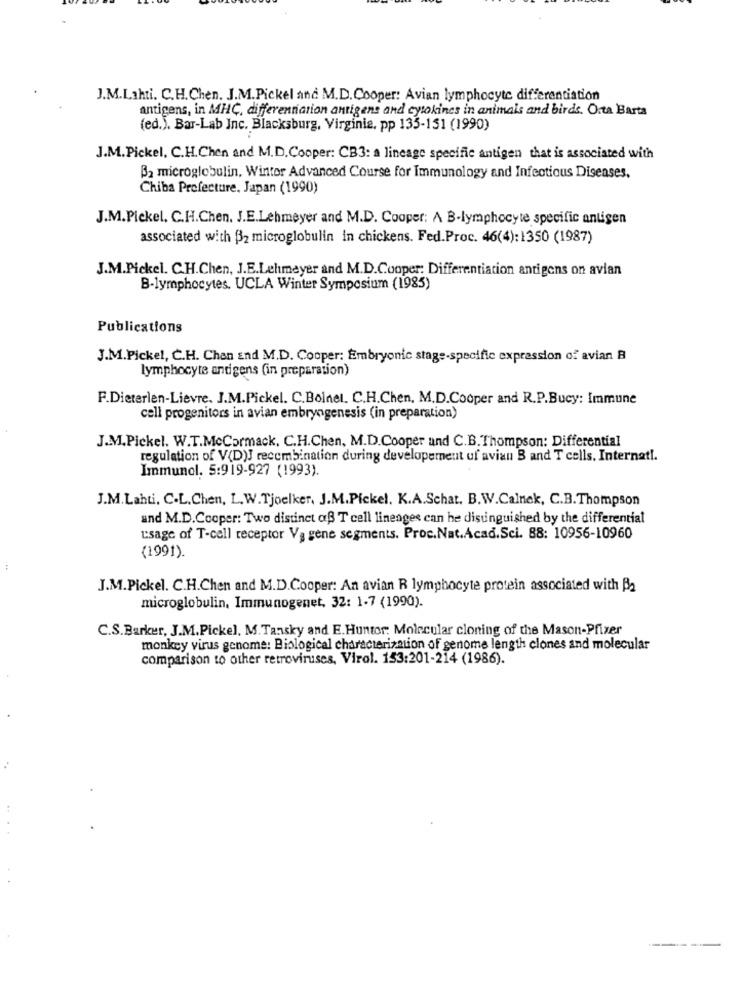
J.M.Lahti. C.H. Chen. J.M.Pickel and M.D. Cooper: Avian lymphocyte differentiation
antigens, in MHC, differentiation antigens and cytokines in animals and birds. Orta Barta
(ed.). Bar-Lab Inc. Blacksburg, Virginie. pp 133-151 (1990)
J.M.Pickel, C.H.Chen and M.D.Cooper: CB3: a lineage specific antigen that is associated with
B2 microglobulin, Winter Advanced Course for Immunology and Infectious Diseases.
Chiba Prefecture. Japan (1990)
J.M.Pickel. C.H.Chen. J.E.Lehmeyer and M.D. Cooper: A B-lymphocyte specific antigen
associated with B2 microglobulin In chickens. Fed.Proc. 46(4):1350 (1987)
J.M.Pickel. C.H.Chen, J.E.Lehmeyer and M.D.Cooper: Differentiation antigens on avlan
B-lymphocytes. UCLA Winter Symposium (1985)
Publications
J.M.Pickel, C.H. Chan and M.D. Cooper: Embryonic stage-specific expression of avian B
lymphocyte antigens (in preparation)
F.Dieterlen-Lievre. J.M.Pickel. C.Bolnel. C.H.Chen, M.D.Cooper and R.P.Bucy: Immune
cell progenitors in avian embryogenesis (in preparation)
J.M.Pickel. W.T.McCormack, C.H.Chen, M.D.Cooper and C.B. Thompson: Differential
regulation of V(D)J recombination during developement uf avian B and T cells. Internat !.
Immunol. 5:919-927 (1993).
J.M.Lahti. C.L.Chen, L. W.Tjoelker, J.M.Pickel. K.A.Schat. B.W.Calnek, C.B.Thompson
and M.D.Cooper: Two distinct aß T cell lineages can he distinguished by the differential
usage of T-cell receptor Va gene segments. Proc. Nat.Acad.Sci. 88: 10956-10960
(1991).
J.M.Pickel. C.H.Chen and M.D.Cooper: An avian R lymphocyte protein associated with B2
microglobulin, Immunogenet, 32: 1-7 (1990).
C.S.Barker, J.M.Pickel, M. Tansky and E. Huntor: Molecular cloning of the Mason-Pfizer
monkey virus genome: Biological characterization of genome length clones and molecular
comparison to other retroviruses, Virol. 153:201-214 (1986).